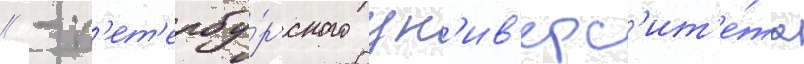
// - п'ет'ербу́ргского ун'ив'ерс'ит'е́та